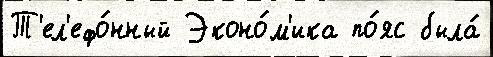
Т'ел'ефо́нный Эконо́м'ика по́яс была́